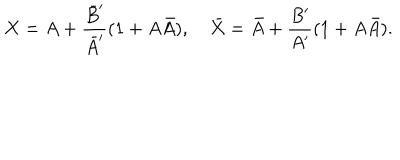
X = A + \frac { { \bar { B } } ^ { \prime } } { { \bar { A } } ^ { \prime } } ( 1 + A \bar { A } ) , \quad \bar { X } = \bar { A } + \frac { B ^ { \prime } } { A ^ { \prime } } ( 1 + A \bar { A } ) .